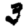
Digit: 3